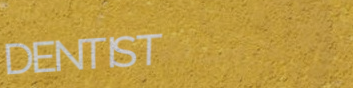
DENTIST